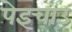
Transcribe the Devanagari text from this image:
पेइचाउ